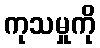
ကုသမှုကို